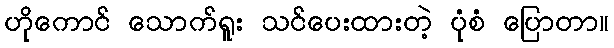
ဟိုကောင် သောက်ရူး သင်ပေးထားတဲ့ ပုံစံ ပြောတာ။